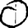
Digit: 0